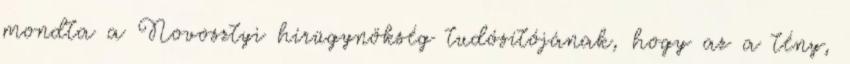
mondta a Novosztyi hírügynökség tudósítójának, hogy az a tény,